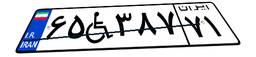
۶۵W۳۸۷۷۱